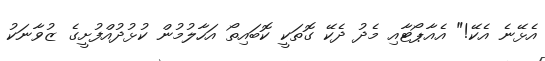
އެޅޭނެ އެކޭ!" އެއާޕޯޓާއި މެދު ދެކޭ ގޮތަކީ ކޮބައިތޯ އަހާލުމުން ކުޅުދުއްފުށީގެ ޒުވާނަކު